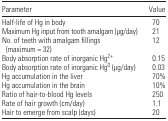
<table><thead><tr><td><b>Parameter</b></td><td><b>Value</b></td></tr></thead><tbody><tr><td>Half-life of Hg in body</td><td>70</td></tr><tr><td>Maximum Hg input from tooth amalgam (μg/day)</td><td>21</td></tr><tr><td>No. of teeth with amalgam fillings (maximum = 32)</td><td>12</td></tr><tr><td>Body absorption rate of inorganic Hg<sup>2+</sup></td><td>0.15</td></tr><tr><td>Body absorption rate of inorganic Hg<sup>0</sup> (μg/day)</td><td>0.03</td></tr><tr><td>Hg accumulation in the liver</td><td>70%</td></tr><tr><td>Hg accumulation in the brain</td><td>10%</td></tr><tr><td>Ratio of hair-to-blood Hg levels</td><td>250</td></tr><tr><td>Rate of hair growth (cm/day)</td><td>1.1</td></tr><tr><td>Hair to emerge from scalp (days)</td><td>20</td></tr></tbody></table>